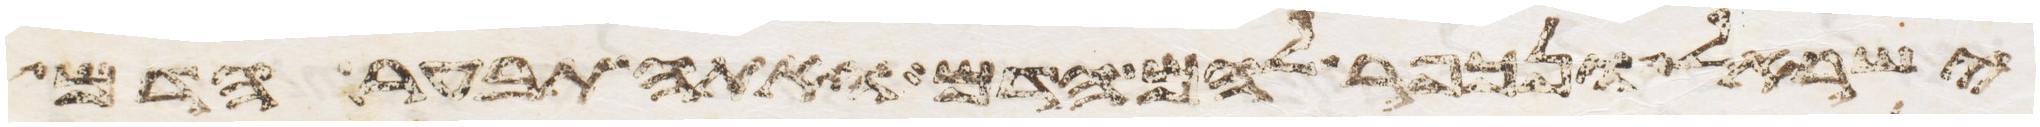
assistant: ישראל ונכפר להם הדם ואתה תבער הדם